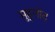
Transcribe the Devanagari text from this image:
मुह्तोद